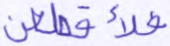
فلأقطعن